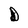
Character: D